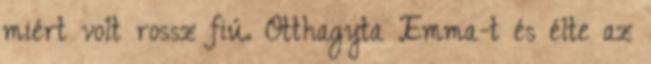
miért volt rossz fiú. Otthagyta Emma-t és élte az